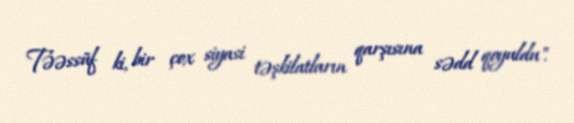
Təəssüf ki, bir çox siyasi təşkilatların qarşısına sədd qoyuldu".